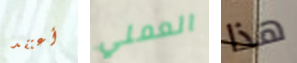
أعتقد العملي هذا